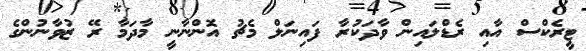
ޓީރެކްސް އާއި ރެޑްލައިން ވާދަކުރާ ފައިނަލް މެޗު އޮންނާނީ މާދަމާ ރޭ ޒުވާނުންގެ